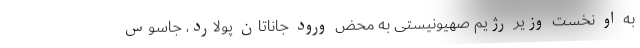
به او نخست وزیر رژیم صهیونیستی به محض ورود جاناتان پولارد، جاسوس